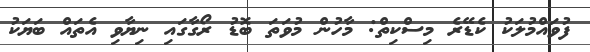
ފުވައްމުލަކު ކެޑޭރެ މިސްކިތް: މާހުން މުވަތަ ބޮޑު ރޯގާގައި ނިޔާވި އެތައް ބަޔަކު